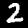
Digit: 2